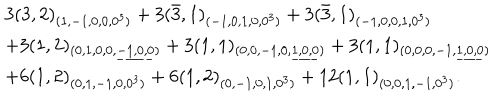
LaTeX: \begin{array} { l } { { 3 ( 3 , 2 ) _ { ( 1 , - 1 , 0 , 0 , 0 ^ { 3 } ) } + 3 ( \bar { 3 } , 1 ) _ { ( - 1 , 0 , 1 , 0 , 0 ^ { 3 } ) } + 3 ( \bar { 3 } , 1 ) _ { ( - 1 , 0 , 0 , 1 , 0 ^ { 3 } ) } } } \\ { { + 3 ( 1 , 2 ) _ { ( 0 , 1 , 0 , 0 , \underline { { { - 1 , 0 , 0 } } } ) } + 3 ( 1 , 1 ) _ { ( 0 , 0 , - 1 , 0 , \underline { { { 1 , 0 , 0 } } } ) } + 3 ( 1 , 1 ) _ { ( 0 , 0 , 0 , - 1 , \underline { { { 1 , 0 , 0 } } } ) } } } \\ { { + 6 ( 1 , 2 ) _ { ( 0 , 1 , - 1 , 0 , 0 ^ { 3 } ) } + 6 ( 1 , 2 ) _ { ( 0 , - 1 , 0 , 1 , 0 ^ { 3 } ) } + 1 2 ( 1 , 1 ) _ { ( 0 , 0 , 1 , - 1 , 0 ^ { 3 } ) } . } } \\ \end{array}